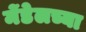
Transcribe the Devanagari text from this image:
मेंडेलच्या